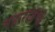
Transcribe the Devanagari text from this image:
महाराजंची